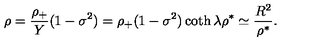
\rho = { \frac { \rho _ { + } } { Y } } ( 1 - \sigma ^ { 2 } ) = \rho _ { + } ( 1 - \sigma ^ { 2 } ) \coth \lambda \rho ^ { * } \simeq { \frac { R ^ { 2 } } { \rho ^ { * } } } .